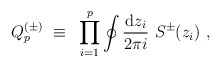
\begin{align*} Q^{(\pm)}_p{}~\equiv{}~\prod_{i=1}^p \oint{{\rm d}z_i\over2\pi i}{}~{S^\pm}(z_i){}~,\end{align*}